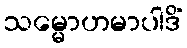
သမ္မောဟမာပါဒိံ